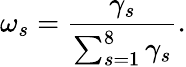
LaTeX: \omega_{s}=\frac{\gamma_{s}}{\sum_{s=1}^{8}\gamma_{s}}.